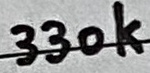
Text: 330k